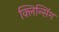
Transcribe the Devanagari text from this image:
क्लिन्सिंग